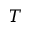
T